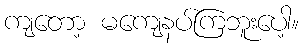
ကျတော့ မကျေနပ်ကြဘူးပေါ့။